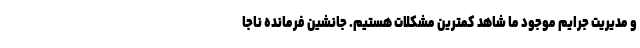
و مدیریت جرایم موجود ما شاهد کمترین مشکلات هستیم. جانشین فرمانده ناجا